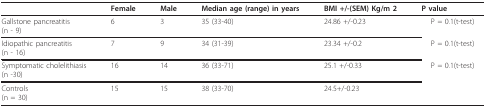
<table><thead><tr><td></td><td><b>Female</b></td><td><b>Male</b></td><td><b>Median age (range) in years</b></td><td><b>BMI +/-(SEM) Kg/m 2</b></td><td><b>P value</b></td></tr></thead><tbody><tr><td>Gallstone pancreatitis(n - 9)</td><td>6</td><td>3</td><td>35 (33-40)</td><td>24.86 +/-0.23</td><td>P = 0.1(t-test)</td></tr><tr><td>Idiopathic pancreatitis(n - 16)</td><td>7</td><td>9</td><td>34 (31-39)</td><td>23.34 +/-0.2</td><td>P = 0.1(t-test)</td></tr><tr><td>Symptomatic cholelithiasis(n -30)</td><td>16</td><td>14</td><td>36 (33-71)</td><td>25.1 +/-0.33</td><td>P = 0.1(t-test)</td></tr><tr><td>Controls(n = 30)</td><td>15</td><td>15</td><td>38 (33-70)</td><td>24.5+/-0.23</td><td></td></tr></tbody></table>